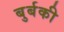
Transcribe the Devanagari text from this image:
बुर्बकी